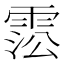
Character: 𩃍